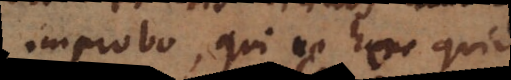
improbo, qui ne hoc quidem